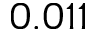
0 . 0 1 1